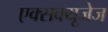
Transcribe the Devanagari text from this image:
एक्सक्यूजेज